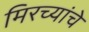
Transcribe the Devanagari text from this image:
मिरच्यांचे